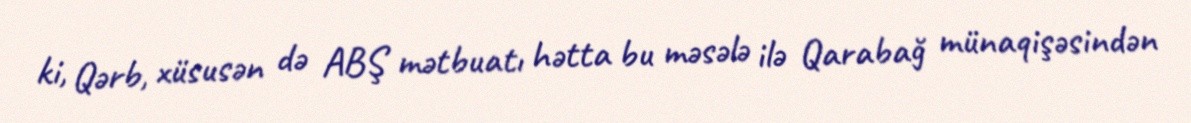
ki, Qərb, xüsusən də ABŞ mətbuatı hətta bu məsələ ilə Qarabağ münaqişəsindən